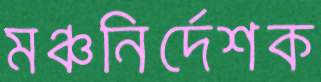
মঞ্চনির্দেশক